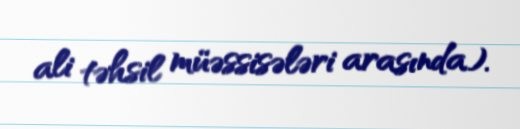
ali təhsil müəssisələri arasında).